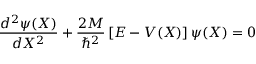
\frac { d ^ { 2 } \psi ( X ) } { d X ^ { 2 } } + \frac { 2 M } { \hbar ^ { 2 } } \left[ E - V ( X ) \right] \psi ( X ) = 0